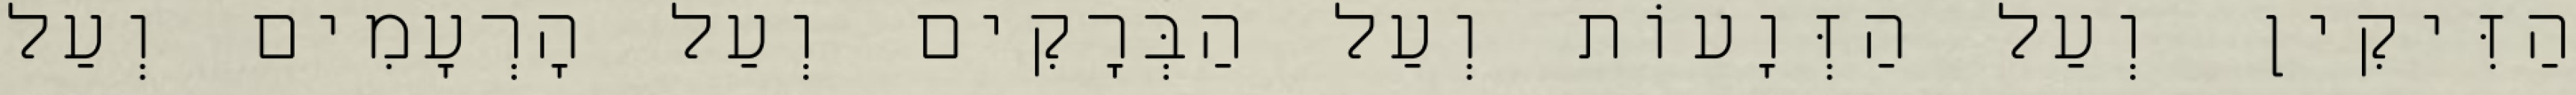
הַזִּיקִין וְעַל הַזְּוָעוֹת וְעַל הַבְּרָקִים וְעַל הָרְעָמִים וְעַל